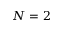
N = 2